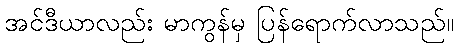
အင်ဒီယာလည်း မာကွန်မှ ပြန်ရောက်လာသည်။